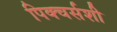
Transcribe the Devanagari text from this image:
पिक्चर्सशी